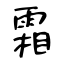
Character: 霜